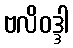
ဗလိဝဒ္ဒါ